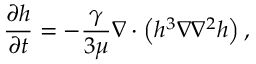
\frac { \partial h } { \partial t } = - \frac { \gamma } { 3 \mu } \nabla \cdot \left( h ^ { 3 } \nabla \nabla ^ { 2 } h \right) ,